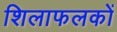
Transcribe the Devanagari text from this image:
शिलाफलकों